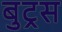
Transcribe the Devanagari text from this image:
बुट्रस